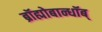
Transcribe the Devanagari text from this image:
ब्रॉह्मोबान्धॉब्